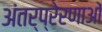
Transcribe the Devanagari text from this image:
अंतर्प्रेरणाओं